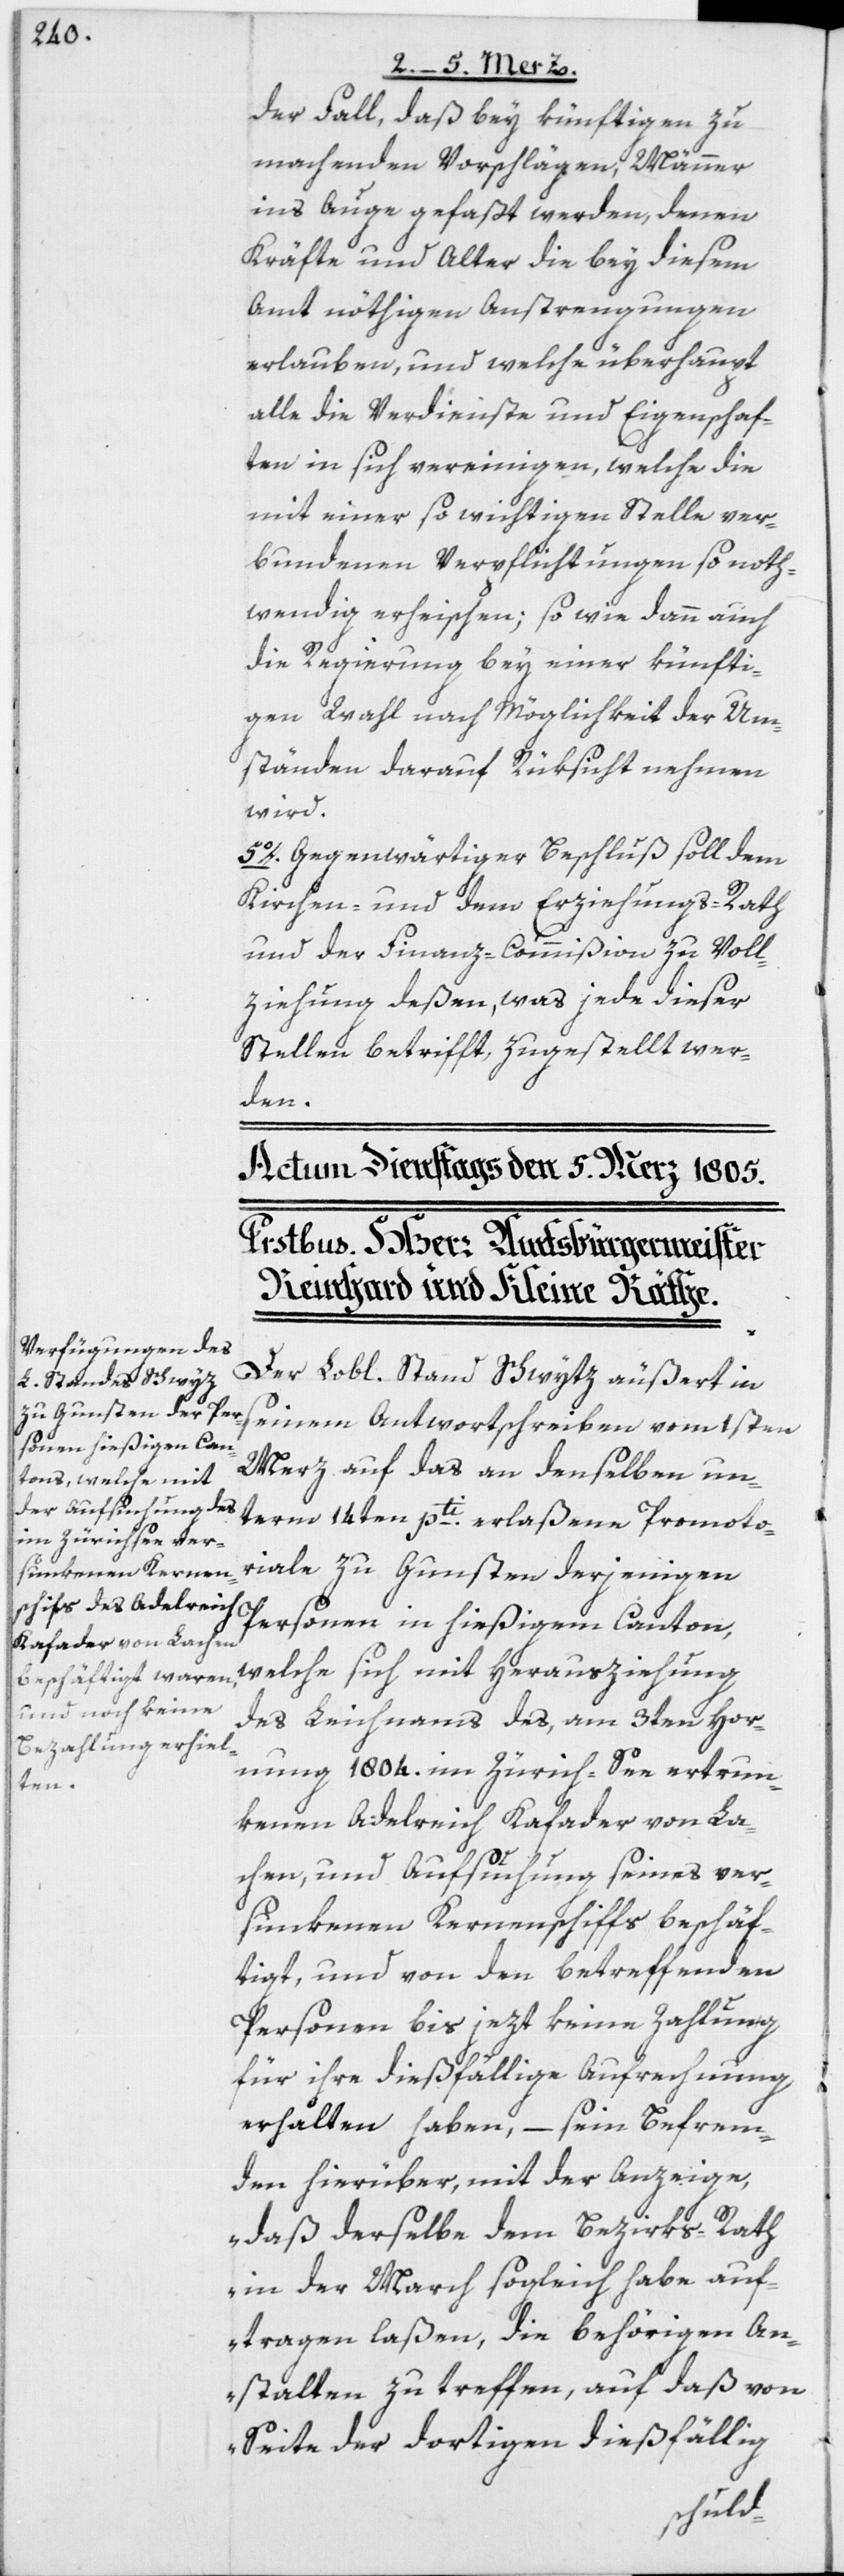
der Fall, daß bey künftigen zu
machenden Vorschlägen, Männer
ins Auge gefaßt werden, denen
Kräfte und Alter die bey diesem
Amt nöthigen Anstrengungen
erlauben, und welche überhaupt
alle die Verdienste und Eigenschaf¬
ten in sich vereinigen, welche die
mit einer so wichtigen Stelle ver¬
bundenen Verpflichtungen so noth¬
wendig erheischen; so wie dann auch
die Regierung bey einer künfti¬
gen Wahl nach Möglichkeit der Um¬
ständen darauf Rüksicht nehmen
wird.
5o. Gegenwärtiger Beschluß soll dem
Kirchen- und dem Erziehungs-Rath
und der Finanz-Commißion zu Voll¬
ziehung deßen, was jede dieser
Stellen betrifft, zugestellt wer¬
den.
Der Lobl. Stand Schwytz äußert in
seinem Antwortschreiben vom 1sten
Merz auf das an denselben un¬
term 14ten pti. erlaßene Promoto¬
riale zu Gunsten derjenigen
Personen in hießigem Canton,
welche sich mit Herausziehung
des Leichnams des, am 3ten Hor¬
nung 1804. im Zürich-See ertrun¬
kenen Adelreich Kafader von La¬
chen, und Aufsuchung seines ver¬
sunkenen Kernenschiffs beschäf¬
tigt, und von den betreffenden
Personen bis jezt keine Zahlung
für ihre dießfällige Aufrechnung
erhalten haben, – sein Befrem¬
den hierüber, mit der Anzeige,
„daß derselbe dem Bezirks-Rath
in der March sogleich habe auf¬
tragen laßen, die behörigen An¬
stalten zu treffen, auf daß von
Seite der dortigen dießfällig